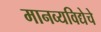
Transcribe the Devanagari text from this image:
मानव्यविद्येचे